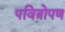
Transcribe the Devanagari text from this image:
पवित्रोपण